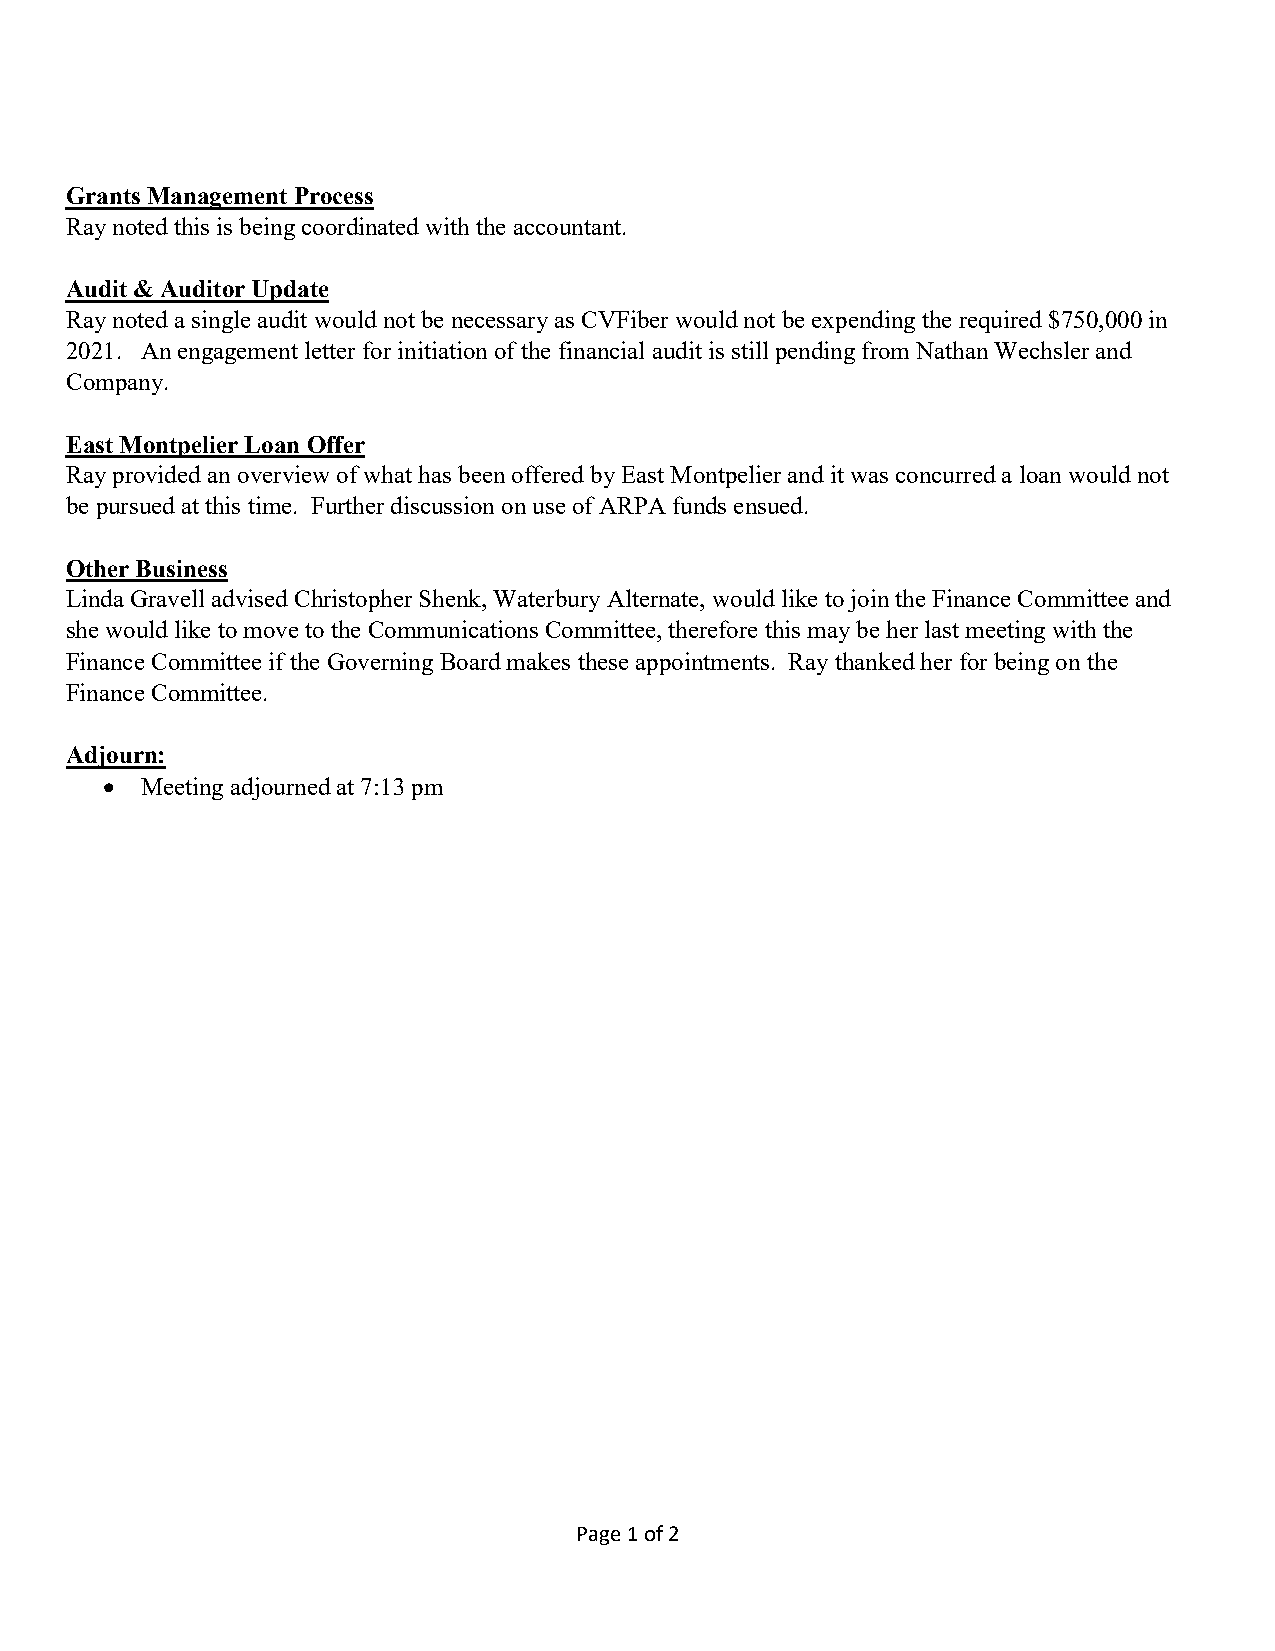
Grants Management Process
 Ray noted this is being coordinated with the accountant.
 Audit & Auditor Update
 Ray noted a single audit would not be necessary as CVFiber would not be expending the required $750,000 in
 2021. An engagement letter for initiation of the financial audit is still pending from Nathan Wechsler and
 Company.
 East Montpelier Loan Offer
 Ray provided an overview of what has been offered by East Montpelier and it was concurred a loan would not
 be pursued at this time. Further discussion on use of ARPA funds ensued.
 Other Business
 Linda Gravell advised Christopher Shenk, Waterbury Alternate, would like to join the Finance Committee and
 she would like to move to the Communications Committee, therefore this may be her last meeting with the
 Finance Committee if the Governing Board makes these appointments. Ray thanked her for being on the
 Finance Committee.
 Adjourn:
 • Meeting adjourned at 7:13 pm
 Page 1 of 2